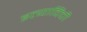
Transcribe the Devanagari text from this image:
इत्यादिंची